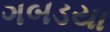
ગબડયા